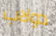
دولاب